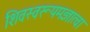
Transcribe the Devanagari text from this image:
शिवस्वरूपमज्ञात्वा